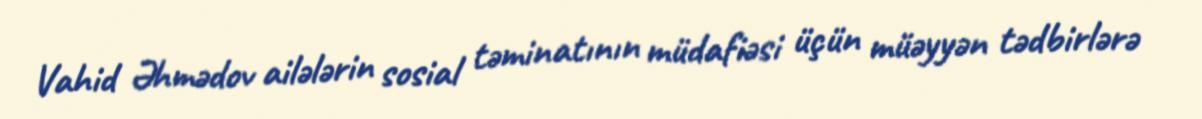
Vahid Əhmədov ailələrin sosial təminatının müdafiəsi üçün müəyyən tədbirlərə